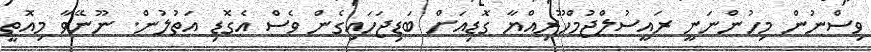
ވިސްނުން މިހުންނަނީ ރައީސުލްޖުމްހޫރިއްޔާ ގޮޑިއަށް ބަޑިޖަހައިގެން ވެސް އެގޮޑި އަތުލުން. ނޫނޭވާ މިއޮތީ